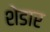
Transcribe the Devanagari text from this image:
शेडार